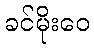
ခင်မိုးဝေ